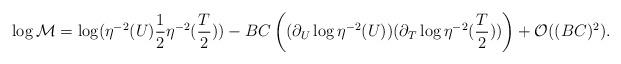
LaTeX: \begin{align*}\log {\cal M}=\log(\eta^{-2}(U) \frac{1}{2} \eta^{-2}(\frac{T}{2}))-BC \left( (\partial_U \log \eta^{-2}(U))( \partial_T \log \eta^{-2} (\frac{T}{2})) \right)+ {\cal O}((BC)^2).\end{align*}